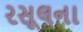
રસૂલના